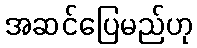
အဆင်ပြေမည်ဟု